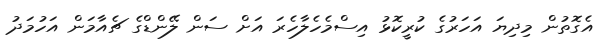
އެގޮތުން މިދިޔަ އަހަރުގެ ކުރީކޮޅު އިސްމެހެލާހެރަ އަށް ސަން ލޭންޑްގެ ޗެއާމަން އަހުމަދު